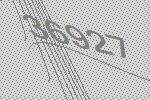
36927